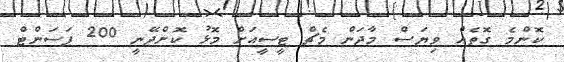
ކޮންމެ ގޮތެއް ވިޔަސް މާދަން މެޗް ޓީސީއަށް މޮޅު ކޮށްދޭނީ 200 ޕަސަންޓް